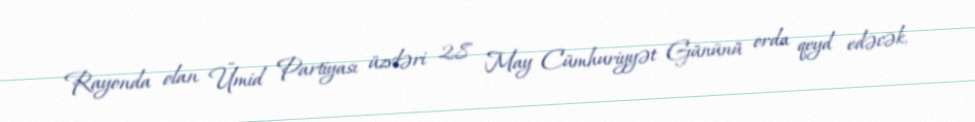
Rayonda olan Ümid Partiyası üzvləri 28 May Cümhuriyyət Gününü orda qeyd edəcək,